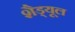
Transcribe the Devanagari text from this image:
शैड्यूल